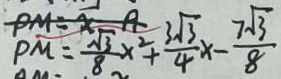
P M = \frac { \sqrt { 3 } } { 8 } x ^ { 2 } + \frac { 3 \sqrt { 3 } } { 4 } x - \frac { 7 \sqrt { 3 } } { 8 }